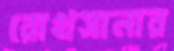
রোখসানার